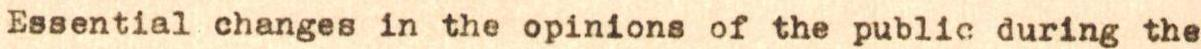
Essential changes in the opinions of the public during the